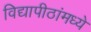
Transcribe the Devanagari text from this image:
विद्यापीठांमध्‍ये